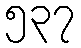
၅၃၇